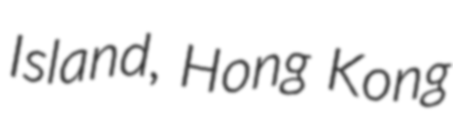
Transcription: Island, Hong Kong